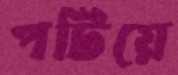
পটিয়ে